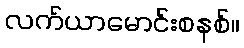
လက်ယာမောင်းစနစ်။